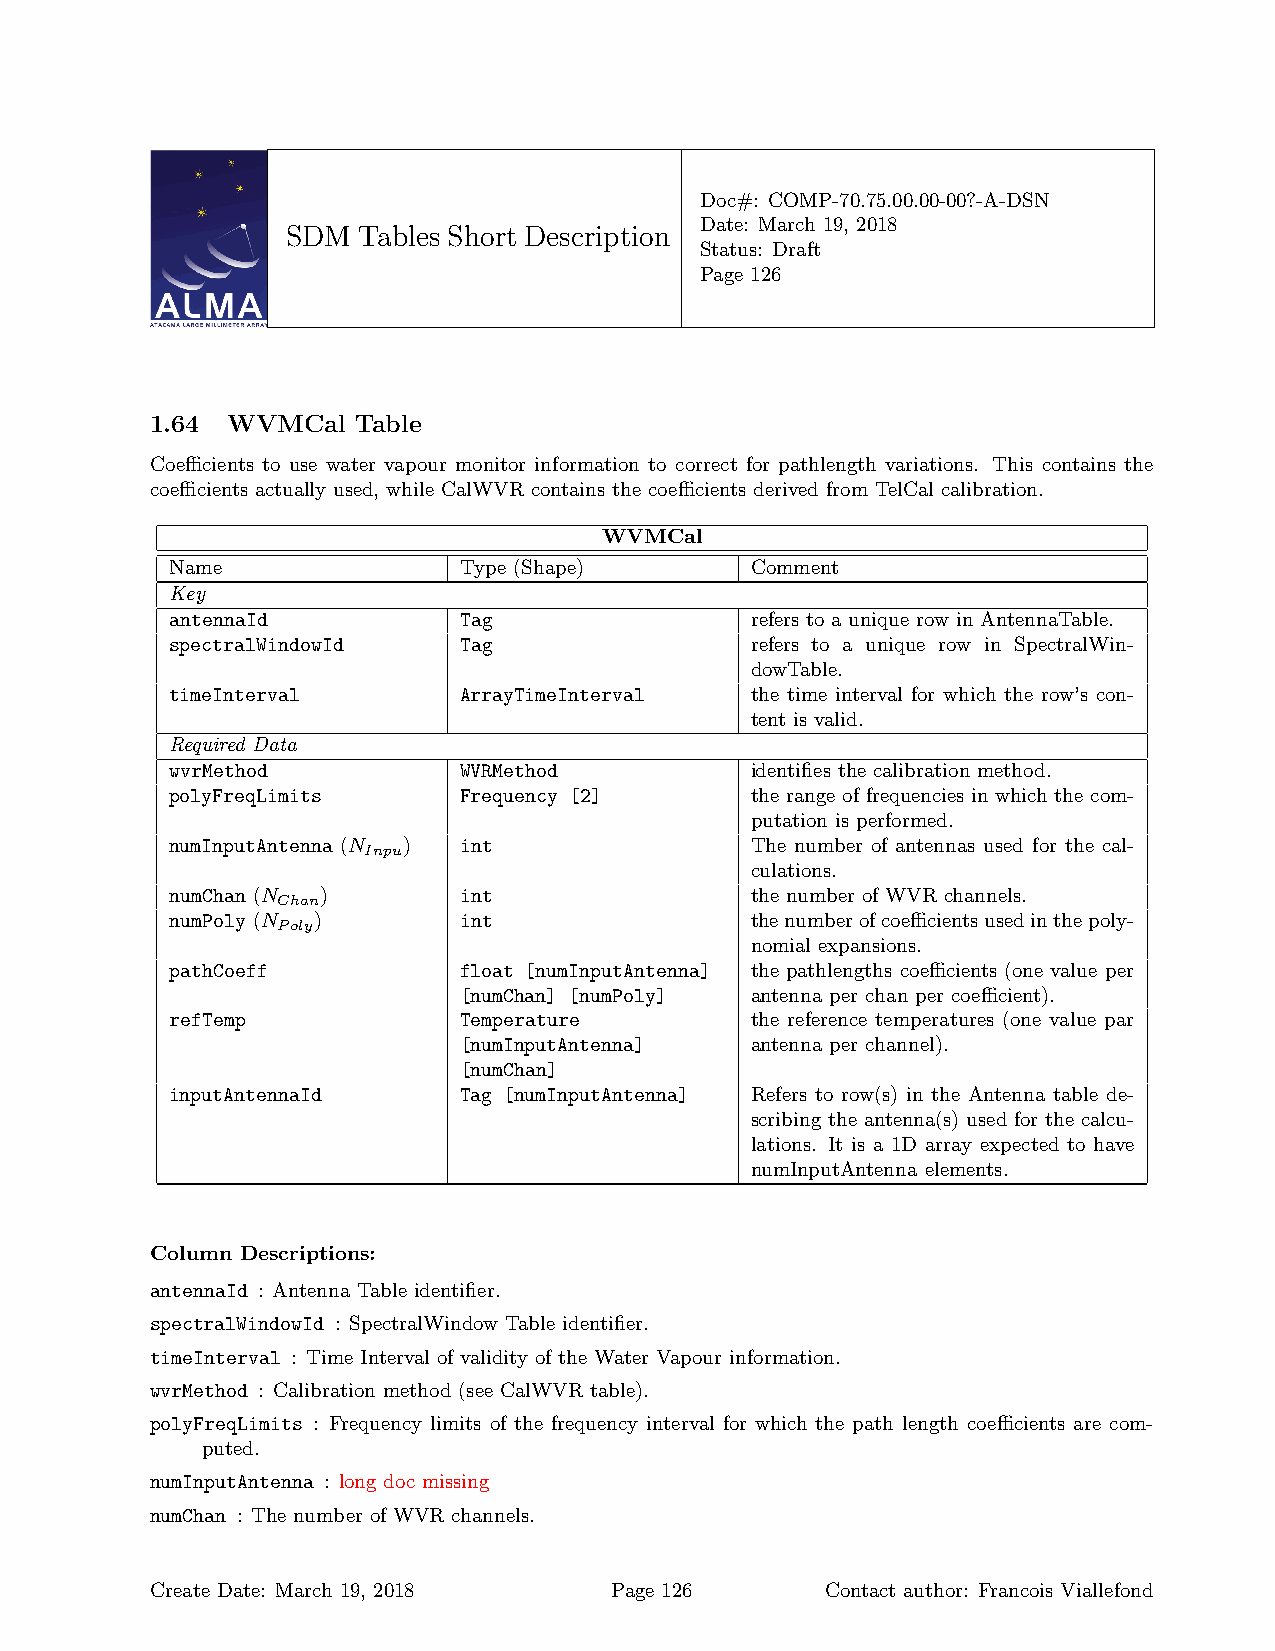
Doc#: COMP-70.75.00.00-00?-A-DSN
 Date: March 19, 2018
 SDM  Tables Short Description
 Status: Draft
 Page 126
 1.64 WVMCal   Table
 Coefficients to use water vapour monitor information to correct for pathlength variations. This contains the
 coefficients actually used, while CalWVR contains the coefficients derived from TelCal calibration.
 WVMCal
 Name               Type (Shape)        Comment
 Key
 antennaId          Tag                 refers to a unique row in AntennaTable.
 spectralWindowId   Tag                 refers to a unique row in SpectralWin-
 dowTable.
 timeInterval       ArrayTimeInterval   the time interval for which the row’s con-
 tent is valid.
 Required Data
 wvrMethod          WVRMethod           identifies the calibration method.
 polyFreqLimits     Frequency [2]       the range of frequencies in which the com-
 putation is performed.
 numInputAntenna (N ) int               The number of antennas used for the cal-
 Inpu
 culations.
 numChan (N )       int                 the number of WVR channels.
 Chan
 numPoly (N )       int                 thenumberofcoefficientsusedinthepoly-
 Poly
 nomial expansions.
 pathCoeff          float [numInputAntenna] the pathlengths coefficients (one value per
 [numChan] [numPoly] antenna per chan per coefficient).
 refTemp            Temperature         the reference temperatures (one value par
 [numInputAntenna]   antenna per channel).
 [numChan]
 inputAntennaId     Tag [numInputAntenna] Refers to row(s) in the Antenna table de-
 scribing the antenna(s) used for the calcu-
 lations. It is a 1D array expected to have
 numInputAntenna elements.
 Column Descriptions:
 antennaId : Antenna Table identifier.
 spectralWindowId : SpectralWindow Table identifier.
 timeInterval : Time Interval of validity of the Water Vapour information.
 wvrMethod : Calibration method (see CalWVR table).
 polyFreqLimits : Frequency limits of the frequency interval for which the path length coefficients are com-
 puted.
 numInputAntenna : long doc missing
 numChan : The number of WVR channels.
 Create Date: March 19, 2018   Page 126       Contact author: Francois Viallefond